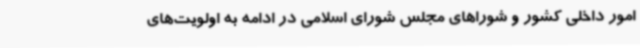
امور داخلی کشور و شوراهای مجلس شورای اسلامی در ادامه به اولویت‌های